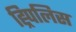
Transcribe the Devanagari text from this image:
ह्र्पिलिस